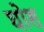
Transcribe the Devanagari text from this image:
घोश